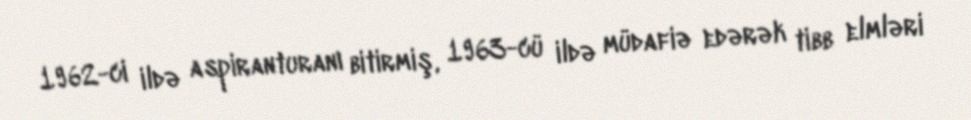
1962-ci ildə aspiranturanı bitirmiş, 1963-cü ildə müdafiə edərək tibb elmləri